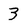
Character: 3